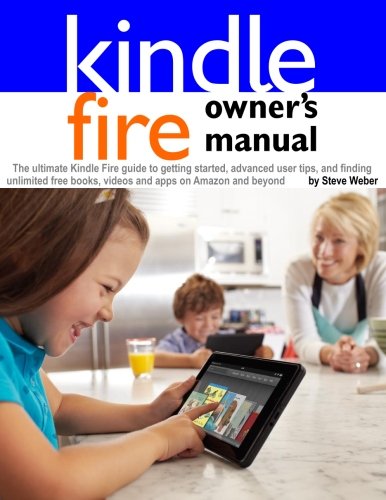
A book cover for Kindle Fire Owner's Manual: The ultimate Kindle Fire guide to getting started, advanced user tips, and finding unlimited free books, videos and apps on Amazon and beyond; Steve Weber; Computers & Technology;